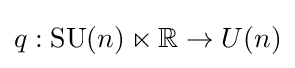
q:\mathrm {SU} (n)\ltimes \mathbb {R} \to U(n)